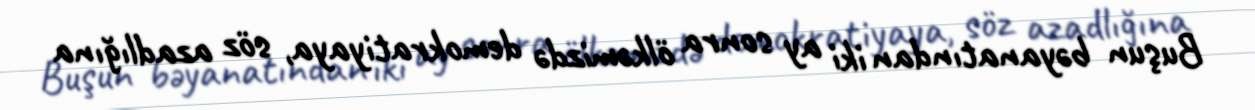
Buşun bəyanatından iki ay sonra ölkəmizdə demokratiyaya, söz azadlığına